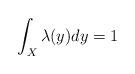
LaTeX: \begin{align*}\int_{X}\lambda(y)dy=1\end{align*}